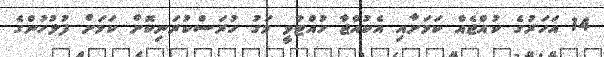
14 އަހަރުގެ ކުއްޖެއް ކަމަށާއި އެކުއްޖާ ހުއްޓުވީ މަގު ހުރަސްކުރަނިކޮށް ކަމަށް ފުލުހުންގެ